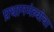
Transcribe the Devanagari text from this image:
प्रधानमंत्र्यांचा